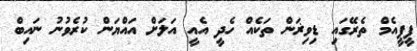
ޕީޕީއެމް ތެރޭގައި ޑިވިޜަން ތަކެއް ހެދީ އެއީ އަލަށް އައްޔަން ކުރެވުނު ނައިބް